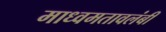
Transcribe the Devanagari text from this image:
माध्वमतावलंबी